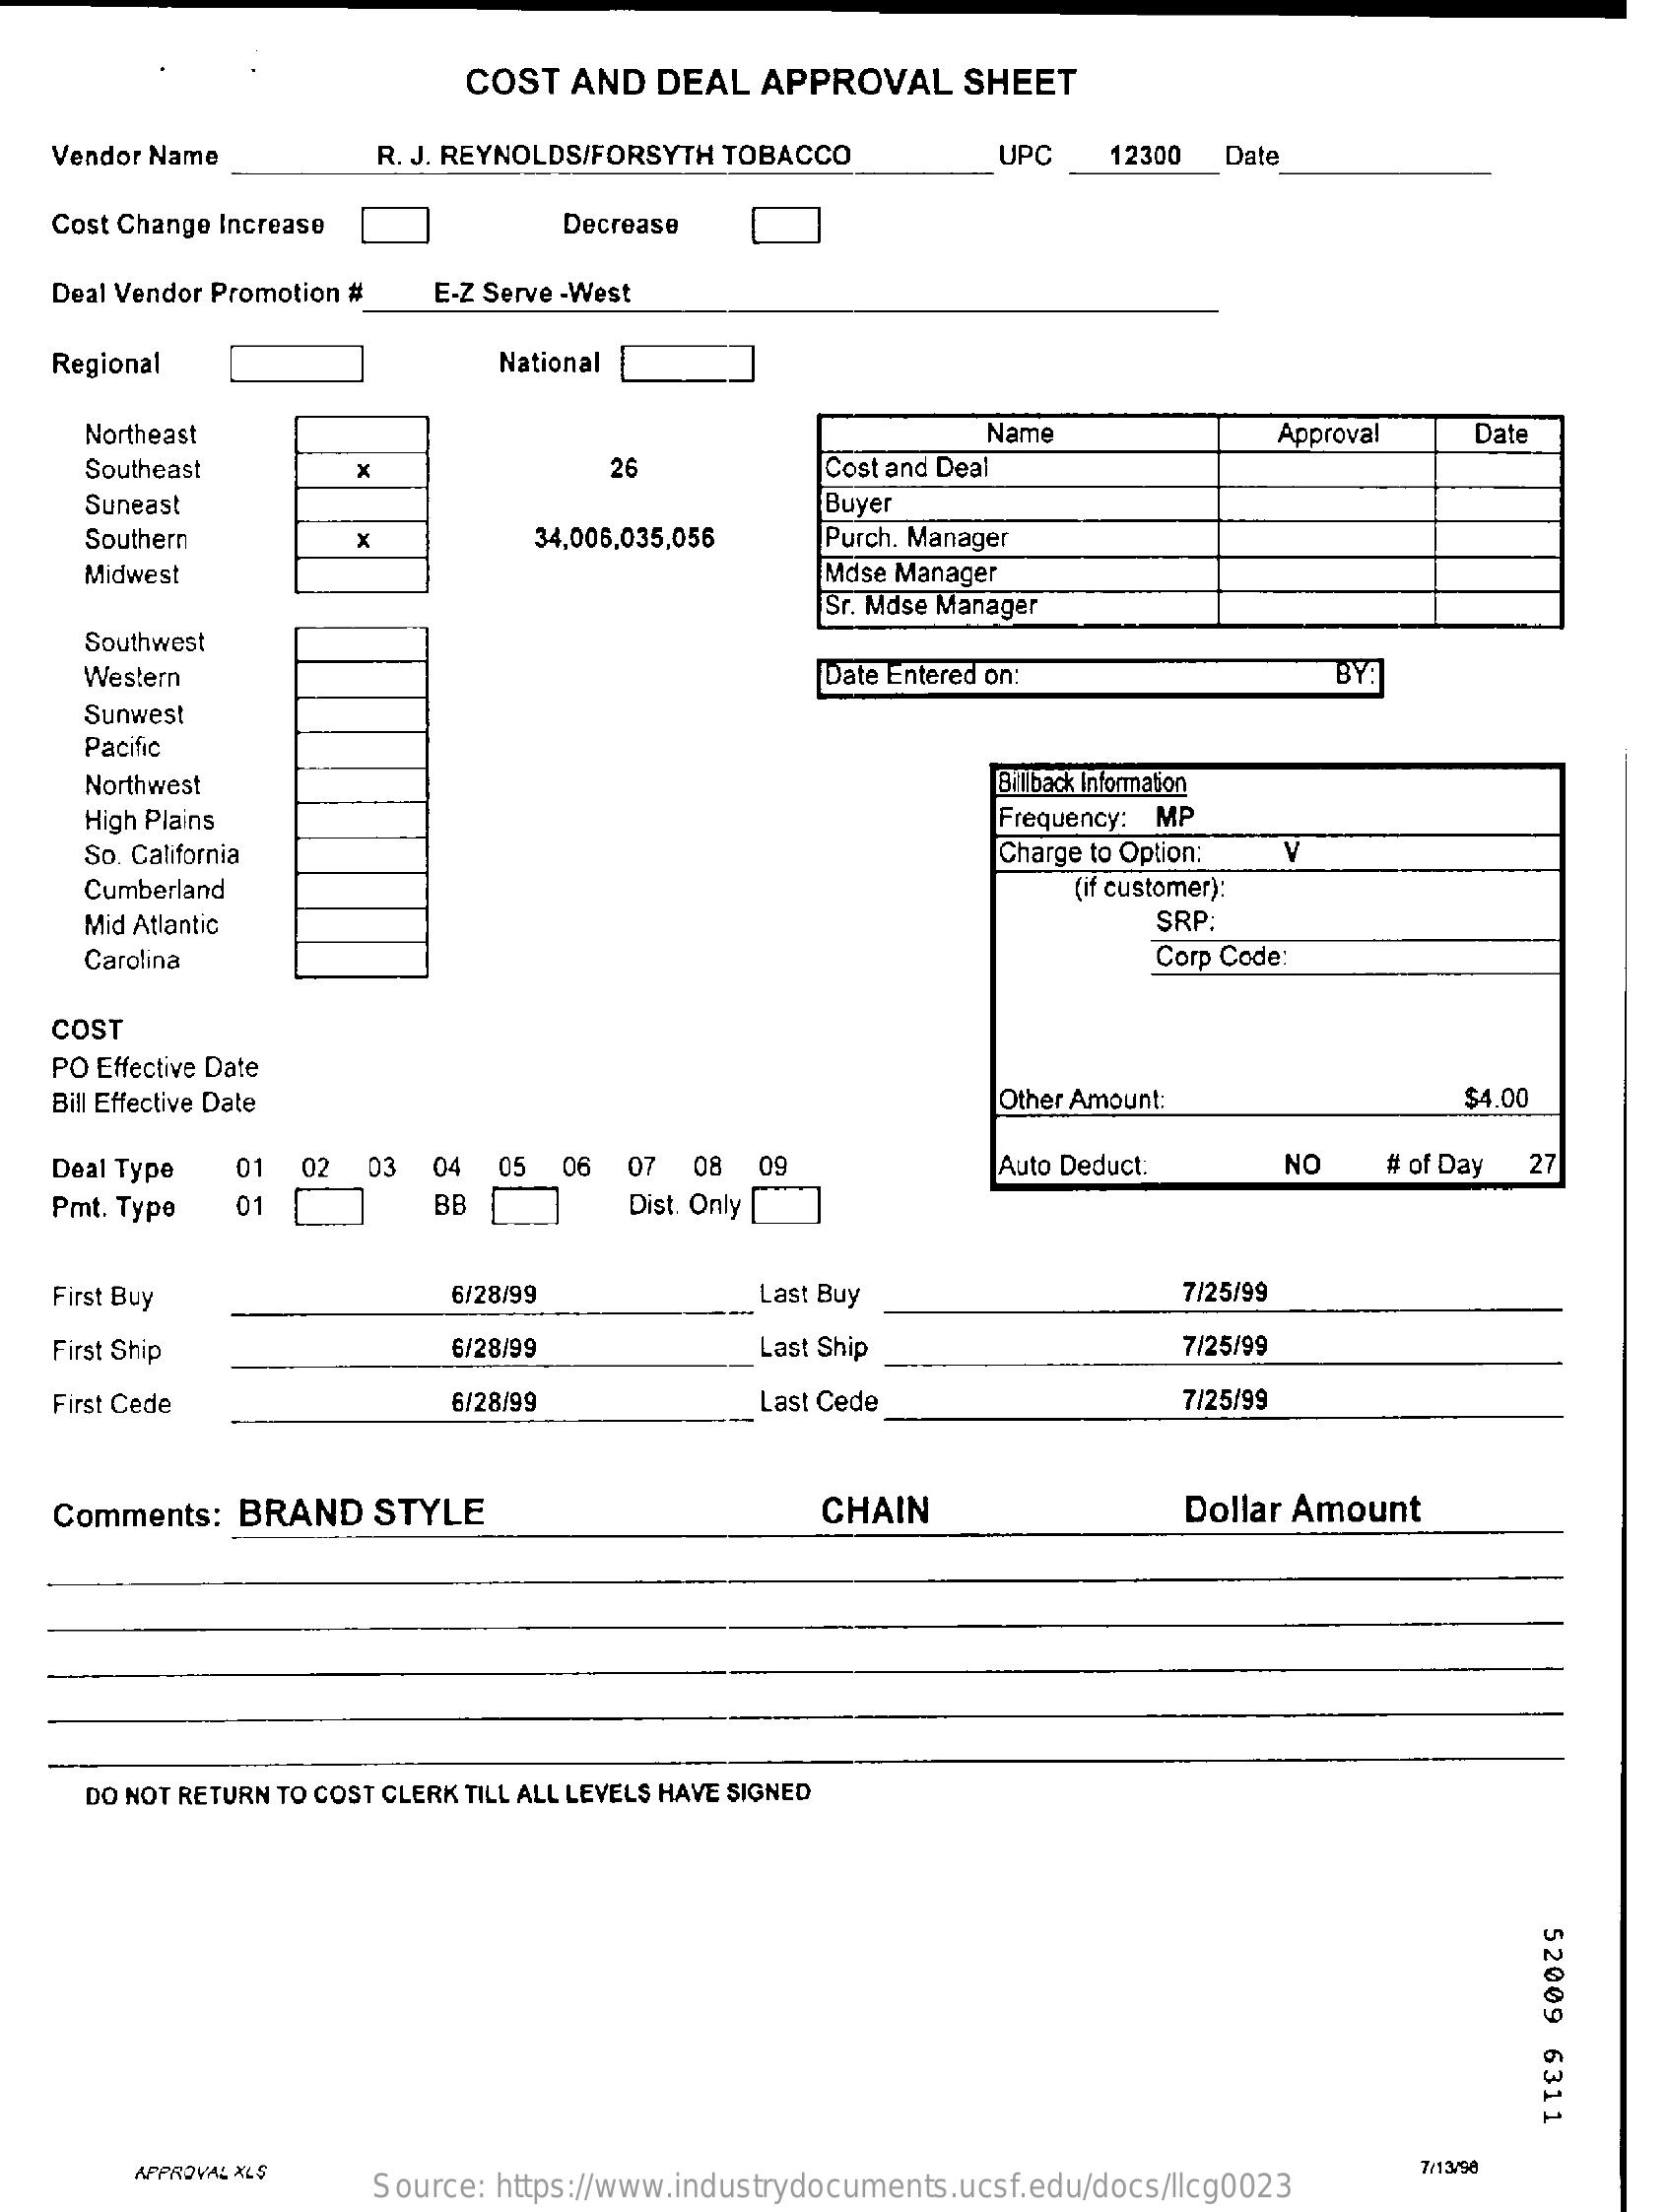
COST   AND  DEAL   APPROVAL    SHEET
    Vendor Name    R. J. REYNOLDS/FORSYTH TOBACCO    UPC    12300  Date
    Cost Change Increase    Decrease
    Deal Vendor Promotion # E-Z Serve -West
    Regional    National
     Northeast    Name    Approval    Date
     Southeast    26    Cost and Deal
     Suneast    Buyer
     Southern    34,006,035,056    Purch. Manager
     Midwest    Mdse Manager
     Sr. Mdse Manager
     Southwest
     Western    [Date Entered on:    BY
     Sunwest
     Pacific
     Northwest    Billback Information
     High Plains    Frequency: MP
     So. California    Charge to Option:
     Cumberland    (if customer):
     Mid Atlantic    SRP:
     Carolina    Corp Code:
    COST
    PO Effective Date
    Bill Effective Date    Other Amount:    $4.00
    Deal Type  01   02  03  04  05  06 04 07 08  09    Auto Deduct:    NO    # of Day  27
    Pmt. Type   01    BB    Dist. Only
    First Buy    6/28/99    Last Buy    7/25/99
    First Ship    6/28/99    Last Ship    7/25/99
    First Cede    6/28/99    Last Cede    7/25/99
    Comments:  BRAND    STYLE    CHAIN    Dollar Amount
     DO NOT RETURN TO COST CLERK TILL ALL LEVELS HAVE SIGNED
     52009
     6311
     APPROVAL XLS
     Source: https://www.industrydocuments.ucsf.edu/docs/llcg0023
     7/13/98